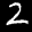
Label: 2